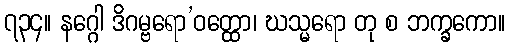
၇၃၄။ နဂ္ဂေါ ဒိဂမ္ဗရော’ဝတ္ထော၊ ဃသ္မရော တု စ ဘက္ခကော။